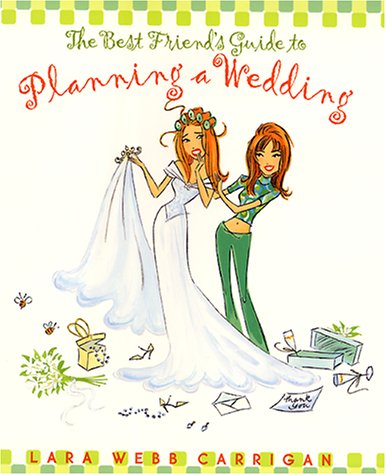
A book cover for The Best Friend's Guide to Planning a Wedding : How to Find a Dress, Return the Shoes, Hire a Caterer, Fire the Photographer, Choose a Florist, Book a Band, and Still Wind Up Married at the End of It All; Lara Webb Carrigan; Crafts, Hobbies & Home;